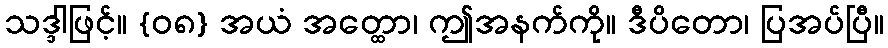
သဒ္ဒါဖြင့်။ {၀၈} အယံ အတ္ထော၊ ဤအနက်ကို။ ဒီပိတော၊ ပြအပ်ပြီ။